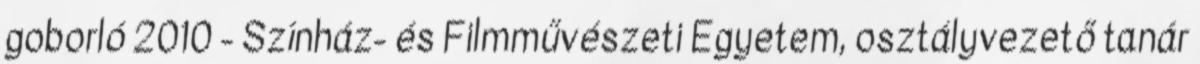
goborló 2010 - Színház- és Filmművészeti Egyetem, osztályvezető tanár